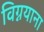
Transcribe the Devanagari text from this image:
विग्नयाना